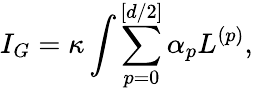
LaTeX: I_{G}=\kappa\int\sum_{p=0}^{[d/2]}\alpha_{p}L^{(p)},